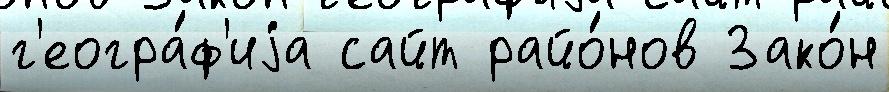
г'еогра́ф'иjа сайт райо́нов Зако́н